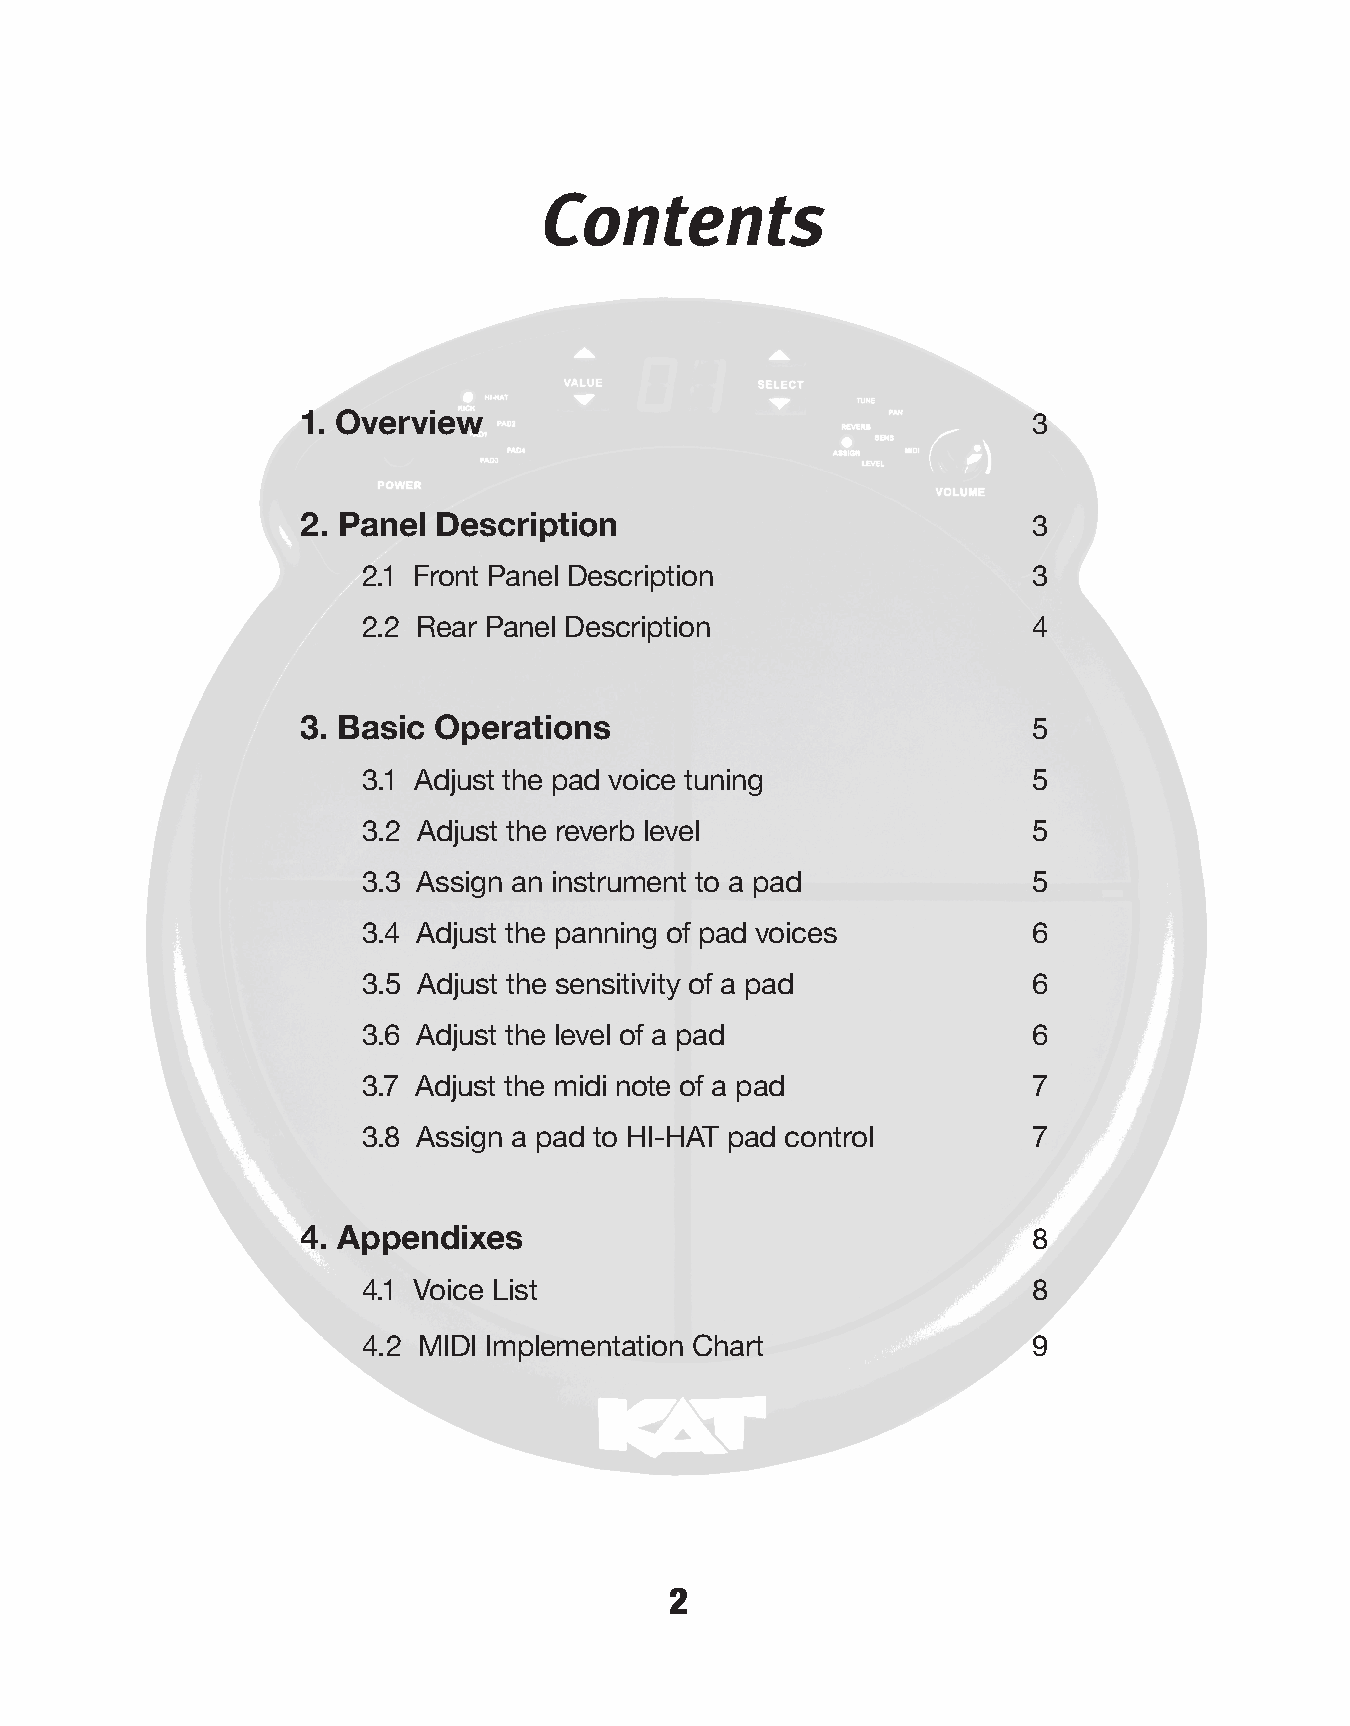
Contents
 1. Overview  3
 2. Panel Description 3
 2.1 Front Panel Description                 3
 2.2 Rear Panel Description                  4
 3. Basic Operations  5
 3.1 Adjust the pad voice tuning             5
 3.2 Adjust the reverb level                 5
 3.3 Assign an instrument to a pad           5
 3.4 Adjust the panning of pad voices        6
 3.5 Adjust the sensitivity of a pad         6
 3.6 Adjust the level of a pad               6
 3.7 Adjust the midi note of a pad           7
 3.8 Assign a pad to HI-HAT pad control      7
 4. Appendixes  8
 4.1 Voice List                              8
 4.2 MIDI Implementation Chart               9
 2